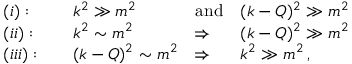
\begin{array} { l l l l } { { ( i ) : \quad } } & { { k ^ { 2 } \gg m ^ { 2 } \quad } } & { { \mathrm { a n d } } } & { { ( k - Q ) ^ { 2 } \gg m ^ { 2 } } } \\ { { ( i i ) : \quad } } & { { k ^ { 2 } \sim m ^ { 2 } } } & { { \Rightarrow } } & { { ( k - Q ) ^ { 2 } \gg m ^ { 2 } } } \\ { { ( i i i ) : \quad } } & { { ( k - Q ) ^ { 2 } \sim m ^ { 2 } } } & { { \Rightarrow } } & { { k ^ { 2 } \gg m ^ { 2 } \, , } } \end{array}